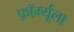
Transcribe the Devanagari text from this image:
फ़ॉर्म्यूला